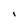
Character: I